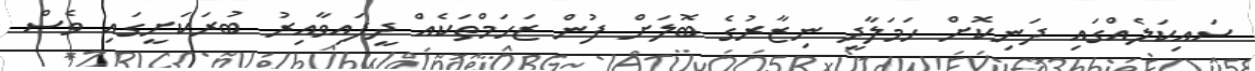
ސައިކަލެއްގައި ދަނިކޮށް ހަމަލާދީ ނިޒާރުގެ ބޮލަށް ފުން ޒަހަމްތަކެއް ދީފައިވާއިރު ބުރަކަށީގައި ވެސް